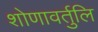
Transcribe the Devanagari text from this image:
शोणावर्तुलि